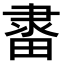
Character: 𨽶